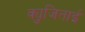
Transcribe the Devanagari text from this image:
क्युजिताई